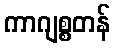
ကာဂျစ္စတန်